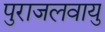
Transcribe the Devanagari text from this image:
पुराजलवायु